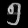
Digit: ၅